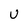
Character: U